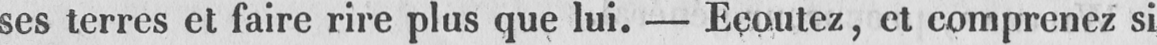
ses terres et faire rire plus que lui. - Ecoutez, et comprenez si